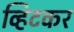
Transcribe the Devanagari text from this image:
व्हिटकर